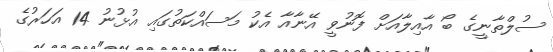
ސުލްތާނީގެ ބޯ އާއިލާއަށް ފޮނުވީ އޭނާއާ އެކު މަސައްކަތުގައި އުޅުނު 14 އަހަރުގެ